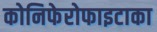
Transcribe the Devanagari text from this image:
कोनिफेरोफाइटाका